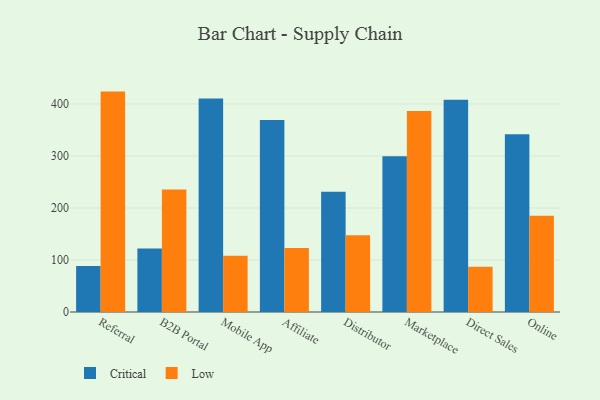
{"axis": {"x": "Channel", "y": "Page Views"}, "legend": ["Critical", "Low"], "data": [{"x": "Referral", "y": 88.4, "type": "Critical"}, {"x": "Referral", "y": 423.8, "type": "Low"}, {"x": "B2B Portal", "y": 121.9, "type": "Critical"}, {"x": "B2B Portal", "y": 235.7, "type": "Low"}, {"x": "Mobile App", "y": 410.6, "type": "Critical"}, {"x": "Mobile App", "y": 108.0, "type": "Low"}, {"x": "Affiliate", "y": 369.3, "type": "Critical"}, {"x": "Affiliate", "y": 122.9, "type": "Low"}, {"x": "Distributor", "y": 231.3, "type": "Critical"}, {"x": "Distributor", "y": 147.6, "type": "Low"}, {"x": "Marketplace", "y": 299.5, "type": "Critical"}, {"x": "Marketplace", "y": 386.3, "type": "Low"}, {"x": "Direct Sales", "y": 408.1, "type": "Critical"}, {"x": "Direct Sales", "y": 86.9, "type": "Low"}, {"x": "Online", "y": 341.7, "type": "Critical"}, {"x": "Online", "y": 184.9, "type": "Low"}]}